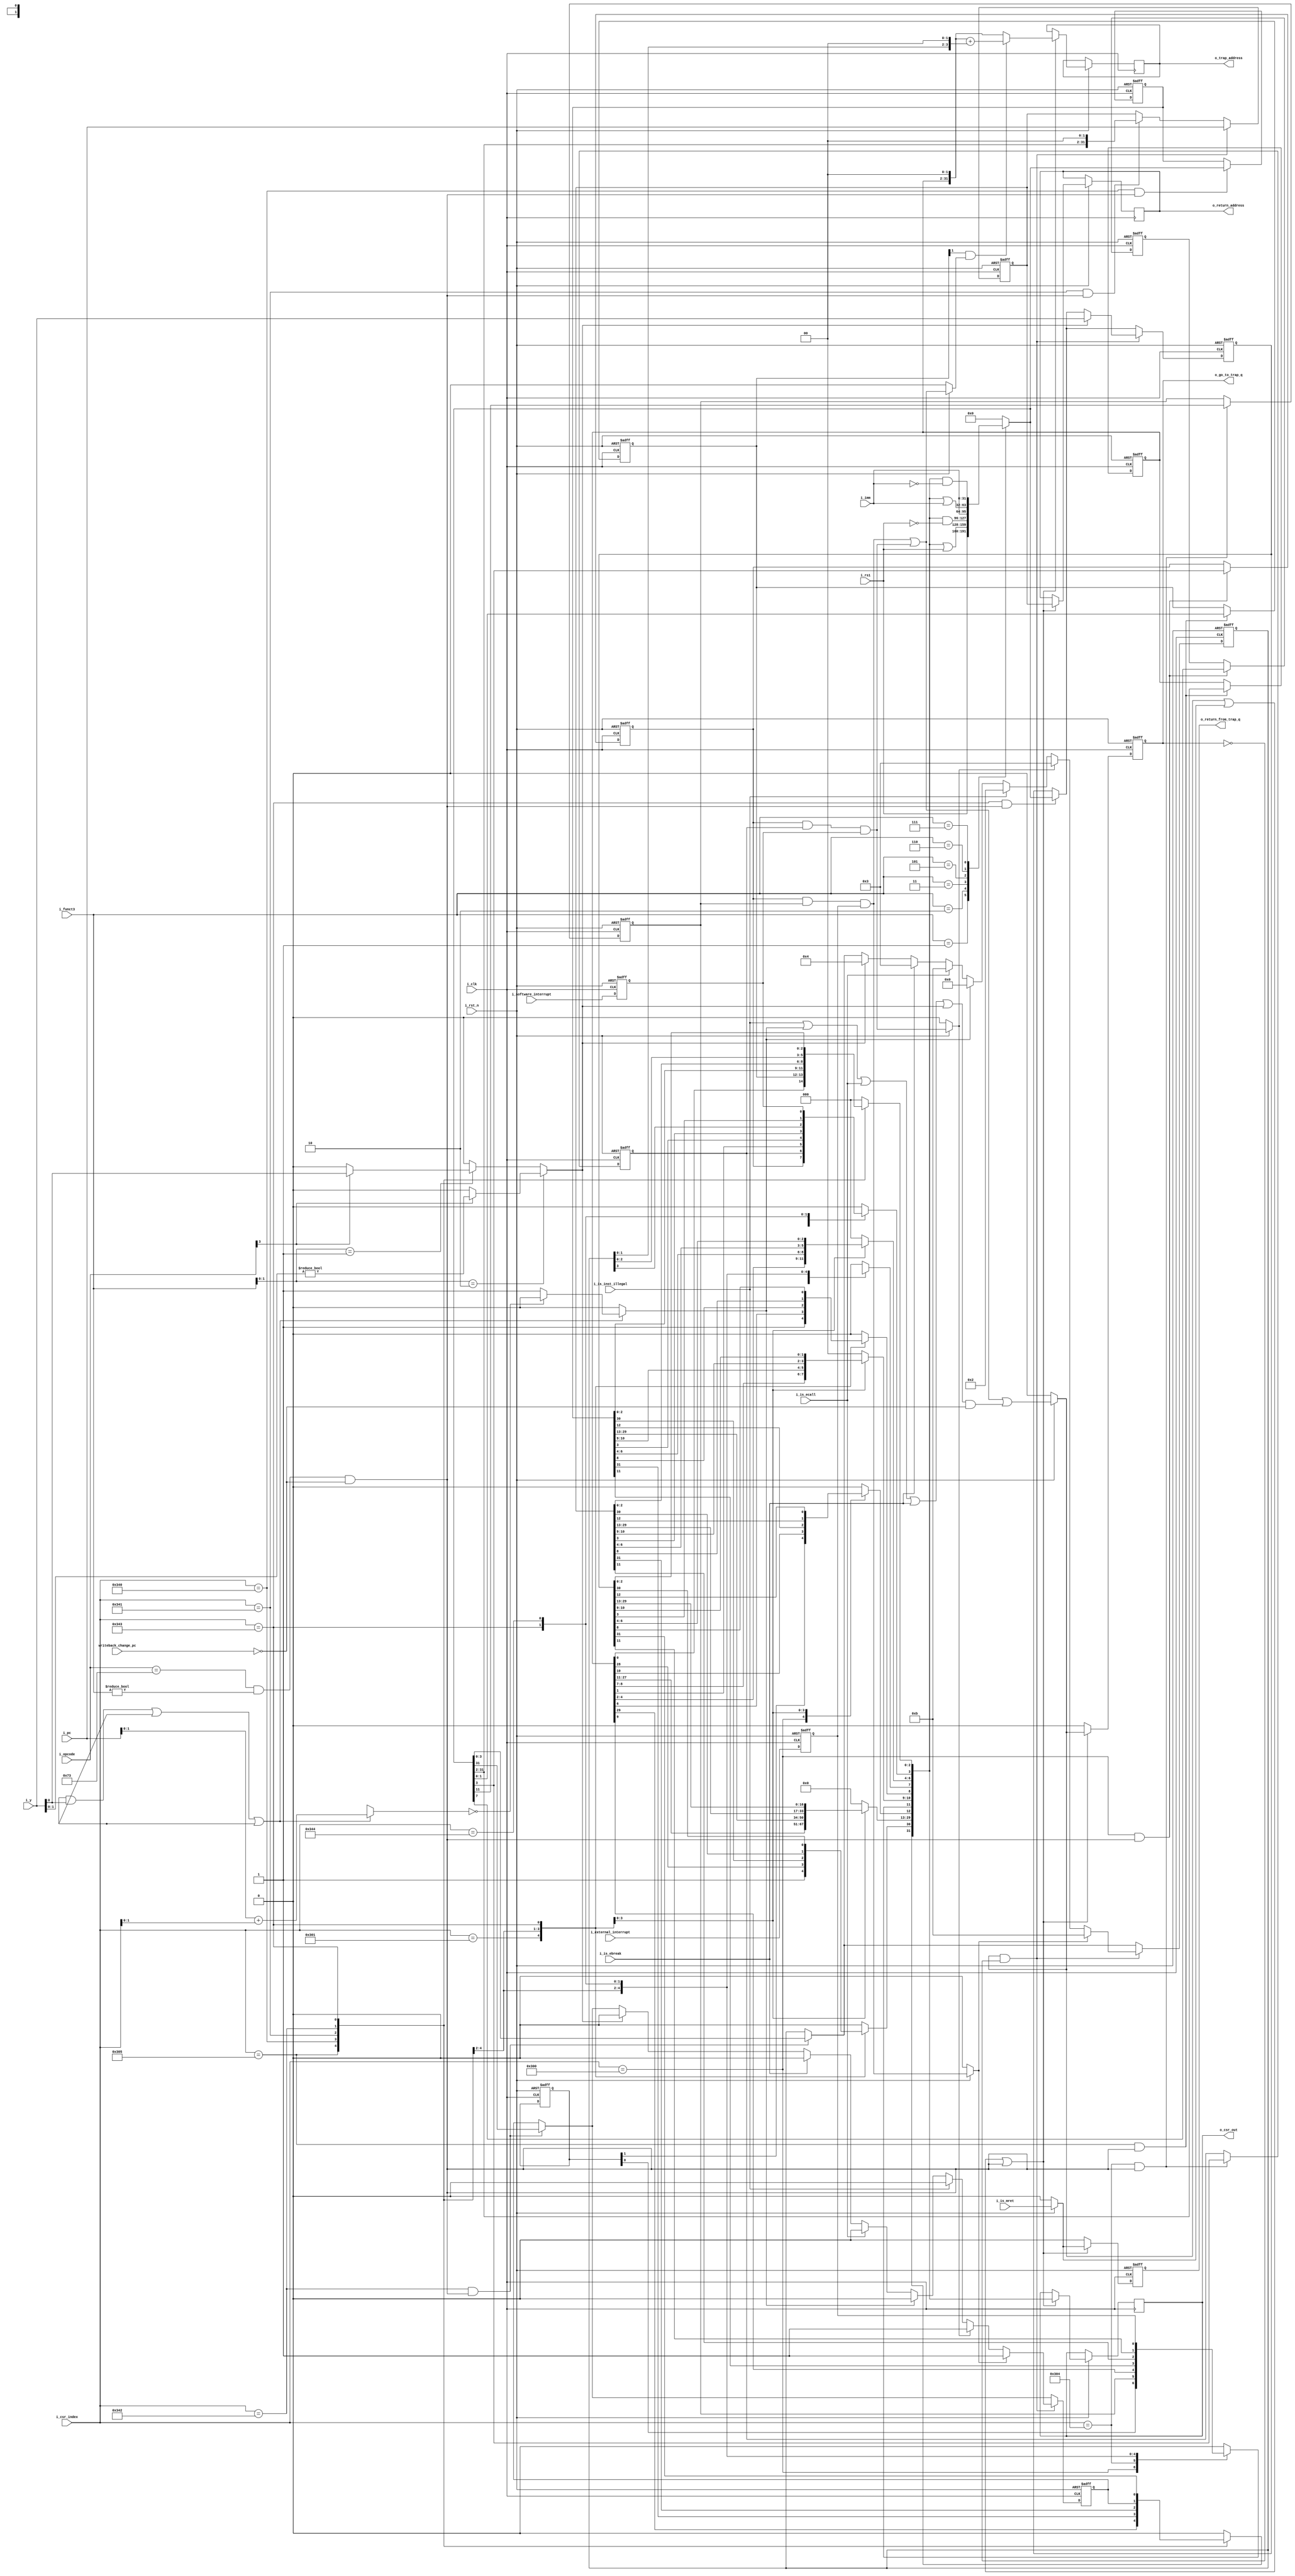
`timescale 1ns / 1ps
//////////////////////////////////////////////////////////////////////////////////
// Company: 
// Engineer: 
// 
// Design Name: 
// Module Name: major_csr
// Project Name: 
// Target Devices: 
// Tool Versions: 
// Description: 
// 
// Dependencies: 
// 
// Revision:
// Revision 0.01 - File Created
// Additional Comments:
// 
//////////////////////////////////////////////////////////////////////////////////

`define LOAD    7'b0000011
`define STORE   7'b0100011
`define BRANCH  7'b1100011
`define JAL     7'b1101111
`define JALR    7'b1100111
`define SYSTEM  7'b1110011
`define OPCODE_WIDTH 4'd8
module csr_ssm #(parameter OPCODE_WIDTH = 8,parameter TRAP_ADDRESS = 0)

 (
    input wire i_clk, i_rst_n,
    // Interrupts
    input wire i_external_interrupt, //interrupt from external source
    input wire i_software_interrupt, //interrupt from software (inter-processor interrupt)
    
    /// Exceptions ///
    input wire i_is_inst_illegal, //illegal instruction
    input wire i_is_ecall, //ecall instruction
    input wire i_is_ebreak, //ebreak instruction
    input wire i_is_mret, //mret (return from trap) instruction
    /// Instruction/Load/Store Misaligned Exception///
    input wire[OPCODE_WIDTH-1:0] i_opcode, //opcode types
    input wire[31:0] i_y, //y value from ALU (address used in load/store/jump/branch)
    /// CSR instruction ///
    input wire[2:0] i_funct3, // CSR instruction operation
    input wire[11:0] i_csr_index, // immediate value from decoder 
    //i_csr_index is like mvendorid or marchid....tells which cse we are accessing
    input wire[31:0] i_imm, //unsigned immediate for immediate type of CSR instruction (new value to be stored to CSR)
    //i_imm stores the immediate value to be writen to CSR incase CSRRWI/CSRRSI/CSRRCI are used
    input wire[31:0] i_rs1, //Source register 1 value (new value to be stored to CSR)
    //i_rs1 value to be written to csr
    output reg[31:0] o_csr_out, //CSR value to be loaded to basereg
    //o_csr_out---> value read from csr
    // Trap-Handler 
    input wire[31:0] i_pc, //Program Counter 
    input wire writeback_change_pc, //high if writeback will issue change_pc (which will override this stage)
    output reg[31:0] o_return_address, //mepc CSR
    output reg[31:0] o_trap_address, //mtvec CSR
    output reg o_go_to_trap_q, //high before going to trap (if exception/interrupt detected)
    output reg o_return_from_trap_q //high before returning from trap (via mret)
    );


            //CSR operation type
    localparam CSRRW = 3'b001,
               CSRRS = 3'b010,
               CSRRC = 3'b011,
               CSRRWI = 3'b101,
               CSRRSI = 3'b110,
               CSRRCI = 3'b111;

     localparam MVENDORID = 12'hF11,  
               MARCHID = 12'hF12,
               MIMPID = 12'hF13,
               MHARTID = 12'hF14,
               //machine trap setup
               MSTATUS = 12'h300, 
               MISA = 12'h301,
               MIE = 12'h304,
               MTVEC = 12'h305,
               //machine trap handling
               MSCRATCH = 12'h340, 
               MEPC = 12'h341,
               MCAUSE = 12'h342,
               MTVAL = 12'h343,
               MIP = 12'h344;

                   //mcause codes --------->written to lower 4 bits of mcause
    localparam MACHINE_SOFTWARE_INTERRUPT =3,

               MACHINE_EXTERNAL_INTERRUPT = 11,
               INSTRUCTION_ADDRESS_MISALIGNED = 0,
               ILLEGAL_INSTRUCTION = 2,
               EBREAK = 3,
               LOAD_ADDRESS_MISALIGNED = 4,
               STORE_ADDRESS_MISALIGNED = 6,
               ECALL = 11;

// determines if the instruction is a load store or branch instruction
// the following declarations are equivalent to
// wire opcode_store = (i_opcode == `STORE); ------> store,load, branch are some bit patterns
// define LOAD    7'b0000011
wire opcode_branch,opcode_jal,opcode_jalr,opcode_load,opcode_store,opcode_system;
    assign opcode_store=i_opcode[`STORE];
    assign opcode_load=i_opcode[`LOAD];
    assign opcode_branch=i_opcode[`BRANCH];
    assign opcode_jal=i_opcode[`JAL];
    assign opcode_jalr=i_opcode[`JALR];
    assign opcode_system= (i_opcode == `SYSTEM);


    reg[31:0] csr_in; //value to be stored to CSR
    reg[31:0] csr_data; //value at current CSR address
    wire csr_enable = opcode_system && i_funct3!=0 && !writeback_change_pc; //csr read/write operation is enabled only at this conditions
    reg[1:0] new_pc = 0; //last two bits of i_pc that will be used in taken branch and jumps
    reg go_to_trap; //high before going to trap (if exception/interrupt detected)
    reg return_from_trap; //high before returning from trap (via mret)
    reg is_load_addr_misaligned; 
    reg is_store_addr_misaligned;
    reg is_inst_addr_misaligned;
    reg external_interrupt_pending; 
    reg software_interrupt_pending;
    reg is_interrupt;
    reg is_exception;
    reg is_trap;
    reg update_enable;


        // CSR register bits
    reg mstatus_mie; //Machine Interrupt Enable
    reg mstatus_mpie; //Machine Previous Interrupt Enable
    reg[1:0] mstatus_mpp; //MPP
    reg mie_meie; //machine external interrupt enable
    reg mie_msie; //machine software interrupt enable
    reg[29:0] mtvec_base; //address of i_pc after returning from interrupt (via MRET)
    reg[1:0] mtvec_mode; //vector mode addressing 
    reg[31:0] mscratch; //dedicated for use by machine code
    reg[31:0] mepc; //machine exception i_pc (address of interrupted instruction)
    reg mcause_intbit; //interrupt(1) or exception(0)
    reg[3:0] mcause_code; //indicates event that caused the trap
    reg[31:0] mtval; //exception-specific infotmation to assist software in handling trap
    reg mip_meip; //machine external interrupt pending
    reg mip_mtip; //machine timer interrupt pending
    reg mip_msip; //machine software interrupt pending



        always @* begin
        is_load_addr_misaligned = 0;
        is_store_addr_misaligned = 0;
        is_inst_addr_misaligned = 0;
        new_pc = 0;
        
        // Misaligned Load/Store Address
        if(i_funct3[1:0] == 2'b01) begin //halfword load/store
            is_load_addr_misaligned = opcode_load? i_y[0] : 0;
            is_store_addr_misaligned = opcode_store? i_y[0] : 0;
        end
        if(i_funct3[1:0] == 2'b10) begin //word load/store
            is_load_addr_misaligned = opcode_load? i_y[1:0]!=2'b00 : 0;
            is_store_addr_misaligned = opcode_store? i_y[1:0]!=2'b00 : 0;
        end
        
        // Misaligned Instruction Address
        /* Volume 1 pg. 15: Instructions are 32 bits in length and must be aligned on a four-byte boundary in memory.
        An instruction-address-misaligned exception is generated on a taken branch or unconditional jump
        if the target address is not four-byte aligned. This exception is reported on the branch or jump
        instruction, not on the target instruction. No instruction-address-misaligned exception is generated
        for a conditional branch that is not taken. */
        if((opcode_branch && i_y[0]) || opcode_jal || opcode_jalr) begin // branch or jump to new instruction
            new_pc = i_pc[1:0] + i_csr_index[1:0];
            if(opcode_jalr) new_pc = i_rs1[1:0] +  i_csr_index[1:0];
            is_inst_addr_misaligned = (new_pc == 2'b00)? 1'b0:1'b1; //i_pc (instruction address) must always be four bytes aligned
        end
        
    end


    //Control logic for writing to CSR

     always @(posedge i_clk,negedge i_rst_n)
      begin
        if(!i_rst_n)
         begin
            o_go_to_trap_q <= 0;
            o_return_from_trap_q <= 0;        
            mstatus_mie <= 0;
            mstatus_mpie <= 0;
            mstatus_mpp <= 2'b11;
            mie_meie <= 0;
          
            mie_msie <= 0;
            mtvec_base <= TRAP_ADDRESS[31:2];
            mtvec_mode <= TRAP_ADDRESS[1:0];
            mscratch <= 0;
            mepc <= 0;
            mcause_intbit <= 0;
            mcause_code <= 0;
            mtval <= 0;
            mip_meip <= 0;
            mip_msip <= 0;
        end

    else   //CSR CONTROL LOGIC
        begin


        //MSTATUS (controls hart's current operating state (mie and mpie are the only configurable bits))
        if(i_csr_index == MSTATUS && csr_enable) 
            begin 
                mstatus_mie <= csr_in[3];
                mstatus_mpie <= csr_in[7];
                //mstatus_mpp <= csr_in[12:11];
            end  

            //MIE (interrupt enable bits)
        if(i_csr_index == MIE && csr_enable)
            begin   
                mie_msie <= csr_in[3]; 
                mie_meie <= csr_in[11]; 
            end 

            //MTVEC (trap vector configuration (base+mode))
        if(i_csr_index == MTVEC && csr_enable)
             begin
                mtvec_base <= csr_in[31:2];
                mtvec_mode <= csr_in[1:0]; 
            end

            //MSCRATCH (dedicated for use by machine code)   
        if(i_csr_index == MSCRATCH && csr_enable) 
            begin
                mscratch <= csr_in;
            end

            //MEPC (address of interrupted instruction)
        if(i_csr_index == MEPC && csr_enable) 
            begin 
                mepc <= {csr_in[31:2],2'b00};
            end
            /* Volume 2 pg. 38: When a trap is taken into M-mode, mepc is written with the virtual address of the 
             instruction that was interrupted or that encountered the exception */
        if(go_to_trap && !o_go_to_trap_q)
         mepc <= i_pc;
            
            //MCAUSE (indicates cause of trap(either interrupt or exception))
        if(i_csr_index == MCAUSE && csr_enable) 
            begin
               mcause_intbit <= csr_in[31];
               mcause_code <= csr_in[3:0];         
            end

 /* Volume 2 pg. 38: When a trap is taken into M-mode, mcause is written with a code indicating the event that caused the trap */
// Interrupts have priority (external first, then s/w, then timer---[2] sec 3.1.9), then synchronous traps.
            if(go_to_trap && !o_go_to_trap_q)
                begin 
                    if(external_interrupt_pending)
                        begin 
                            mcause_code <= MACHINE_EXTERNAL_INTERRUPT; 
                            mcause_intbit <= 1;
                        end
                    else if(software_interrupt_pending) 
                        begin
                            mcause_code <= MACHINE_SOFTWARE_INTERRUPT; 
                            mcause_intbit <= 1;
                        end

                    else if(i_is_inst_illegal) 
                        begin
                            mcause_code <= ILLEGAL_INSTRUCTION;
                            mcause_intbit <= 0 ;
                        end
                    else if(is_inst_addr_misaligned) 
                        begin
                            mcause_code <= INSTRUCTION_ADDRESS_MISALIGNED;
                            mcause_intbit <= 0;
                        end
                    else if(i_is_ecall)
                         begin 
                            mcause_code <= ECALL;
                            mcause_intbit <= 0;
                        end
                    else if(i_is_ebreak) 
                        begin
                            mcause_code <= EBREAK;
                            mcause_intbit <= 0;
                        end
                    else if(is_load_addr_misaligned) 
                        begin
                            mcause_code <= LOAD_ADDRESS_MISALIGNED;
                            mcause_intbit <= 0;
                        end
                    else if(is_store_addr_misaligned)
                        begin
                            mcause_code <= STORE_ADDRESS_MISALIGNED;
                            mcause_intbit <= 0;
                        end
                end   

             //MTVAL (exception-specific information to assist software in handling trap)
            if(i_csr_index == MTVAL && csr_enable) begin
                mtval <= csr_in;
            end
            /*If mtval is written with a nonzero value when a breakpoint, address-misaligned, access-fault, or
            page-fault exception occurs on an instruction fetch, load, or store, then mtval will contain the
            faulting virtual address.*/
            if(go_to_trap && !o_go_to_trap_q)
             begin
                if(is_load_addr_misaligned || is_store_addr_misaligned)
                     mtval <= i_y;
             end  

            //MIP (pending interrupts)       
            mip_msip <= i_software_interrupt;
            mip_meip <= i_external_interrupt;            
            
           update_enable = (go_to_trap || return_from_trap || csr_enable);

            if(update_enable) 
                begin
                    o_go_to_trap_q <= go_to_trap;
                    o_return_from_trap_q <= return_from_trap;
                    o_return_address <= mepc;
                    if(mtvec_mode[1] && is_interrupt) 
                        o_trap_address <= {mtvec_base, 2'b00} + {28'b0, mcause_code << 2};
                    else 
                        o_trap_address <= {mtvec_base, 2'b00};
                    
                    o_csr_out <= csr_data;
                end 
            
            else 
                begin
                o_go_to_trap_q <= 0;
                o_return_from_trap_q <= 0;
                 end
    end

end


     always @*
      begin
        /************************************************** control logic for trap detection **************************************************/
        external_interrupt_pending = 0;
        software_interrupt_pending = 0;
        is_interrupt = 0;
        is_exception = 0;
        is_trap = 0;
        go_to_trap = 0;
        return_from_trap = 0;
        
        if(i_rst_n) begin
             external_interrupt_pending =  mstatus_mie && mie_meie && (mip_meip); //machine_interrupt_enable + machine_external_interrupt_enable + machine_external_interrupt_pending must all be high
             software_interrupt_pending = mstatus_mie && mie_msie && mip_msip;  //machine_interrupt_enable + machine_software_interrupt_enable + machine_software_interrupt_pending must all be high
             
             is_interrupt = external_interrupt_pending || software_interrupt_pending;
             is_exception = (i_is_inst_illegal || is_inst_addr_misaligned || i_is_ecall || i_is_ebreak || is_load_addr_misaligned || is_store_addr_misaligned) && !writeback_change_pc;
             is_trap = is_interrupt || is_exception;
             go_to_trap = is_trap; //a trap is taken, save i_pc, and go to trap address
             return_from_trap = i_is_mret; // return from trap, go back to saved i_pc
             
         end
         /*************************************************************************************************************************************/
         
         
        csr_data = 0;
        csr_in = 0;
        /************************************ specify csr_data (data CURRENTLY stored at the CSR) *********************************************/
        case(i_csr_index)
            //machine info
            MVENDORID: csr_data = 32'h0;  //MVENDORID (JEDEC manufacturer ID)
              MARCHID: csr_data = 32'h0; //MARCHID (open-source project architecture ID allocated by RISC-V International  ( https://github.com/riscv/riscv-isa-manual/blob/master/marchid.md ))
               MIMPID: csr_data = 32'h0; //MIMPID (version of the processor implementation (provided by author of source code))
              MHARTID: csr_data = 32'h0; //MHARTID (integer ID of the hart that is currently running the code (one hart must have an ID of zero))             
            
            //machine trap setup  
              MSTATUS: begin //MSTATUS (controls hart's current operating state (mie and mpie are the only configurable bits))
                        csr_data[3] = mstatus_mie;
                        csr_data[7] = mstatus_mpie;
                        csr_data[12:11] = mstatus_mpp; //MPP
                       end
                       
                 MISA: begin //MISA (control and monitor hart's current operating state)
                        csr_data[8] = 1'b1; //RV32I/64I/128I base ISA (ISA supported by the hart)
                        csr_data[31:30] = 2'b01; //Base 32
                       end
                       
                  MIE: begin //MIE (interrupt enable bits)
                        csr_data[3] = mie_msie;
                        
                        csr_data[11] = mie_meie;
                       end
                       
                MTVEC: begin //MTVEC (trap vector configuration (base+mode))
                        csr_data = {mtvec_base,mtvec_mode};
                       end
                       
            //machine trap handling
             MSCRATCH: begin //MSCRATCH (dedicated for use by machine code) 
                        csr_data = mscratch;
                       end
                       
                 MEPC: begin //MEPC (address of interrupted instruction)
                        csr_data = mepc; 
                       end
                       
               MCAUSE: begin //MCAUSE (indicates cause of trap(either interrupt or exception))
                        csr_data[31] = mcause_intbit; 
                        csr_data[3:0] = mcause_code;
                       end
                       
                MTVAL: begin //MTVAL (exception-specific information to assist software in handling trap)
                        csr_data = mtval;
                       end
                
                  MIP: begin //MIP (pending interrupts)
                        csr_data[3] = mip_msip;
                        csr_data[7] = mip_mtip;
                        csr_data[11] = mip_meip;
                       end
                       
  
              default: csr_data = 0;
        endcase
        /*****************************************************************************************************************************/
        
        
        
        /************************************ specify csr_in (data TO BE stored at the CSR ) *****************************************/
        // specify csr_in (data TO BE stored to CSR)
        case(i_funct3) //csr instruction type
            CSRRW: csr_in = i_rs1; //CSR read-write
            CSRRS: csr_in = csr_data | i_rs1; //CSR read-set
            CSRRC: csr_in = csr_data & (~i_rs1); //CSR read-clear
           CSRRWI: csr_in = i_imm; //csr read-write immediate
           CSRRSI: csr_in = csr_data | i_imm;  //csr read-set immediate
           CSRRCI: csr_in = csr_data & (~i_imm); //csr read-clear immediate
          default: csr_in = 0;
        endcase
        /*****************************************************************************************************************************/
   
   end
    
endmodule